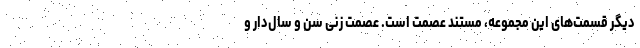
دیگر قسمت‌های این مجموعه، مستند عصمت است. عصمت زنی سن و سال‌دار و